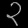
Digit: ၃